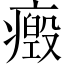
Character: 𤻏